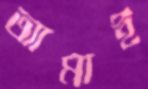
আমাই